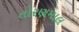
તોરણમાલ